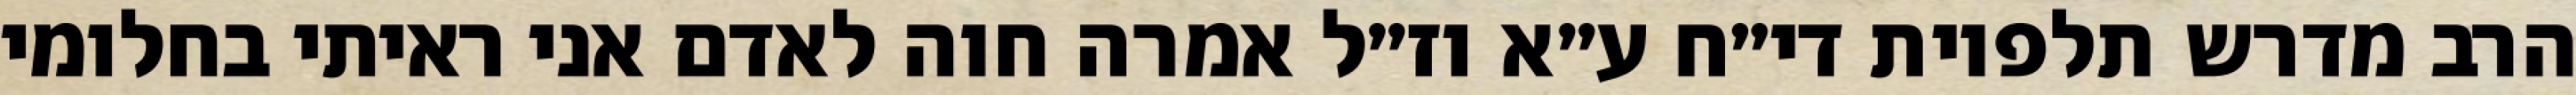
הרב מדרש תלפיות די״ח ע״א וז״ל אמרה חוה לאדם אני ראיתי בחלומי